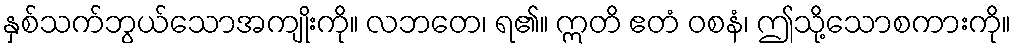
နှစ်သက်ဘွယ်သောအကျိုးကို။ လဘတေ၊ ရ၏။ ဣတိ ဧတံ ဝစနံ၊ ဤသို့သောစကားကို။